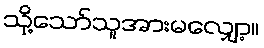
သို့သော်သူအားမလျှော့။